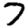
Digit: 7